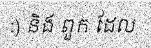
:) និង ពួក ដែល